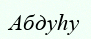
Абдуһу